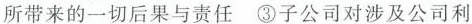
所带来的一切后果与责任③子公司对涉及公司利